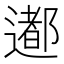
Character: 𨗊